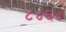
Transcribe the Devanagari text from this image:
८४६४